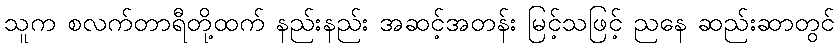
သူက စလက်တာရီတို့ထက် နည်းနည်း အဆင့်အတန်း မြင့်သဖြင့် ညနေ ဆည်းဆာတွင်